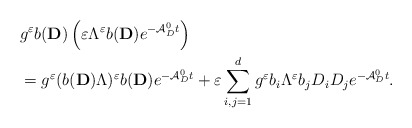
\begin{align*}&g^\varepsilon b({\mathbf D}) \left(\varepsilon \Lambda^\varepsilon b({\mathbf D}) e^{-\mathcal{A}_D^0t} \right)\\&=g^\varepsilon (b({\mathbf D}) \Lambda)^\varepsilon b({\mathbf D}) e^{-\mathcal{A}_D^0t}+ \varepsilon \sum_{i,j=1}^d g^\varepsilon b_i \Lambda^\varepsilon b_j D_i D_j e^{-\mathcal{A}_D^0t}.\end{align*}